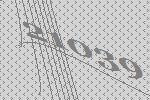
21039